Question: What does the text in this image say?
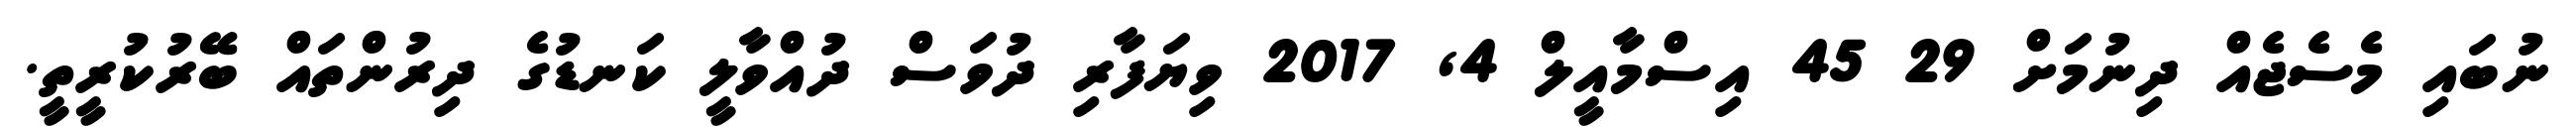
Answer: ނުބައި މެސެޖެއް ދިނުމަށް 29 45 އިސްމާއީލް 4, 2017 ވިޔަފާރި ދުވަސް ދުއްވާލީ ކަނޑުގެ ދިރުންތައް ބޭރުކުރީތީ.